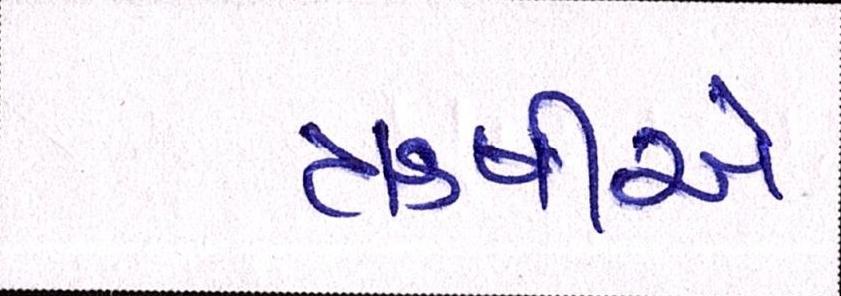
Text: ઋષીએ